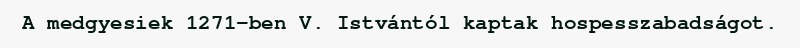
A medgyesiek 1271-ben V. Istvántól kaptak hospesszabadságot.